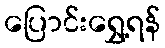
ပြောင်းရွှေ့ရန်